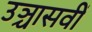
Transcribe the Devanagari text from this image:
उञ्चासवीं